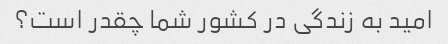
امید به زندگی در کشور شما چقدر است؟